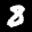
Label: 8